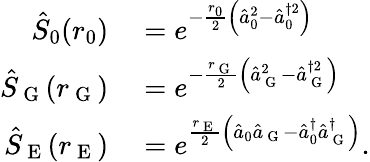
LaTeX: \begin{array}{rl}{\hat{S}_{0}(r_{0})}&{{}=e^{-\frac{r_{0}}{2}\left(\hat{a}_{0}^{2}-\hat{a}_{0}^{\dagger 2}\right)}}\\ {\hat{S}_{\mathrm{~G~}}(r_{\mathrm{~G~}})}&{{}=e^{-\frac{r_{\mathrm{~G~}}}{2}\left(\hat{a}_{\mathrm{~G~}}^{2}-\hat{a}_{\mathrm{~G~}}^{\dagger 2}\right)}}\\ {\hat{S}_{\mathrm{~E~}}(r_{\mathrm{~E~}})}&{{}=e^{\frac{r_{\mathrm{~E~}}}{2}\left(\hat{a}_{0}\hat{a}_{\mathrm{~G~}}-\hat{a}_{0}^{\dagger}\hat{a}_{\mathrm{~G~}}^{\dagger}\right)}.}\end{array}